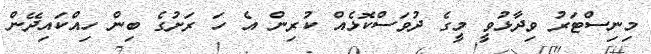
މިނިސްޓަރު ވިދާޅުވީ މީގެ ދުވަސްކޮޅެއް ކުރިން އެ ހަ ރަށުގެ ބިން ހިއްކައިދޭން